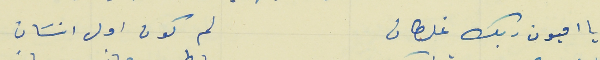
يا اميون ربك غلطان                                       لم كون اول انسَان